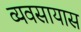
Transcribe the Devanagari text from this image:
व्‍यवसायास